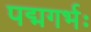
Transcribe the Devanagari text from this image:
पद्मगर्भः